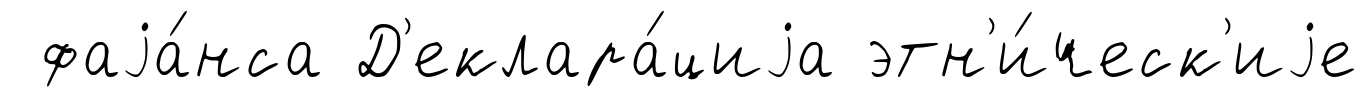
фаjа́нса Д'еклара́циjа этн'и́ческ'иjе